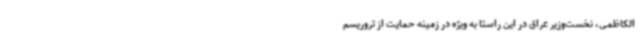
الکاظمی، نخست‌وزیر عراق در این راستا به ویژه در زمینه حمایت از تروریسم